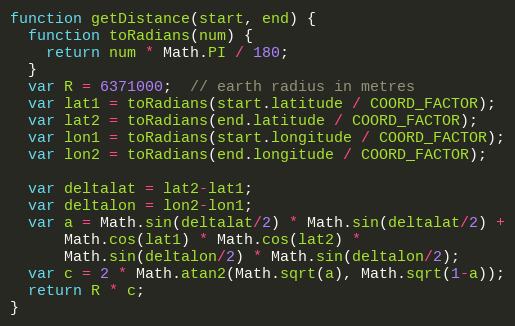
Language: JavaScript
function getDistance(start, end) {
  function toRadians(num) {
    return num * Math.PI / 180;
  }
  var R = 6371000;  // earth radius in metres
  var lat1 = toRadians(start.latitude / COORD_FACTOR);
  var lat2 = toRadians(end.latitude / COORD_FACTOR);
  var lon1 = toRadians(start.longitude / COORD_FACTOR);
  var lon2 = toRadians(end.longitude / COORD_FACTOR);

  var deltalat = lat2-lat1;
  var deltalon = lon2-lon1;
  var a = Math.sin(deltalat/2) * Math.sin(deltalat/2) +
      Math.cos(lat1) * Math.cos(lat2) *
      Math.sin(deltalon/2) * Math.sin(deltalon/2);
  var c = 2 * Math.atan2(Math.sqrt(a), Math.sqrt(1-a));
  return R * c;
}